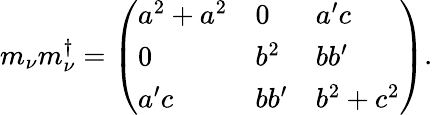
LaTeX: m_{\nu}m_{\nu}^{\dagger}=\left(\begin{array}{lll}{{a^{2}+a^{2}}}&{{0}}&{{a^{\prime}c}}\\ {{0}}&{{b^{2}}}&{{bb^{\prime}}}\\ {{a^{\prime}c}}&{{bb^{\prime}}}&{{b^{2}+c^{2}}}\end{array}\right).